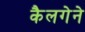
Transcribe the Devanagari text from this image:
कैलगेने